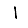
Digit: 1